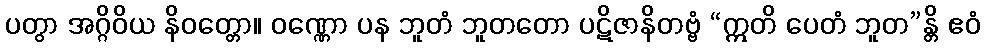
ပတွာ အဂ္ဂိဝိယ နိဝတ္တော။ ဝဏ္ဏော ပန ဘူတံ ဘူတတော ပဋိဇာနိတဗ္ဗံ “ဣတိ ပေတံ ဘူတ”န္တိ ဧဝံ